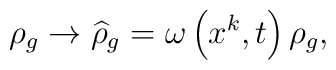
\rho _{g}\rightarrow \widehat{\rho }_{g}=\omega \left( x^{k},t\right) \rho_{g},